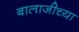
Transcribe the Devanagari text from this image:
बालाजीच्या